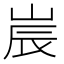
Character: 𡷰